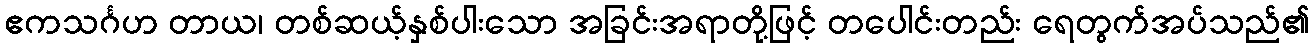
ဧကသင်္ဂဟ တာယ၊ တစ်ဆယ့်နှစ်ပါးသော အခြင်းအရာတို့ဖြင့် တပေါင်းတည်း ရေတွက်အပ်သည်၏